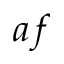
a f